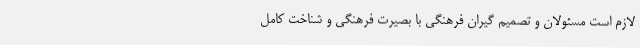
لازم است مسئولان و تصمیم گیران فرهنگی با بصیرت فرهنگی و شناخت کامل